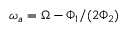
\omega _ { a } = \Omega - \Phi _ { 1 } / ( 2 \Phi _ { 2 } )